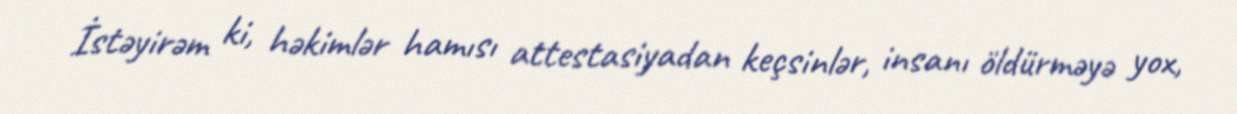
İstəyirəm ki, həkimlər hamısı attestasiyadan keçsinlər, insanı öldürməyə yox,